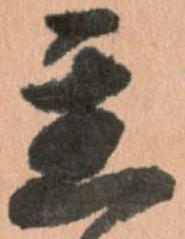
置